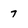
Character: 7